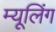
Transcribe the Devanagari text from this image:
म्यूलिंग